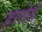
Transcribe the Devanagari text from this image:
हारोगे